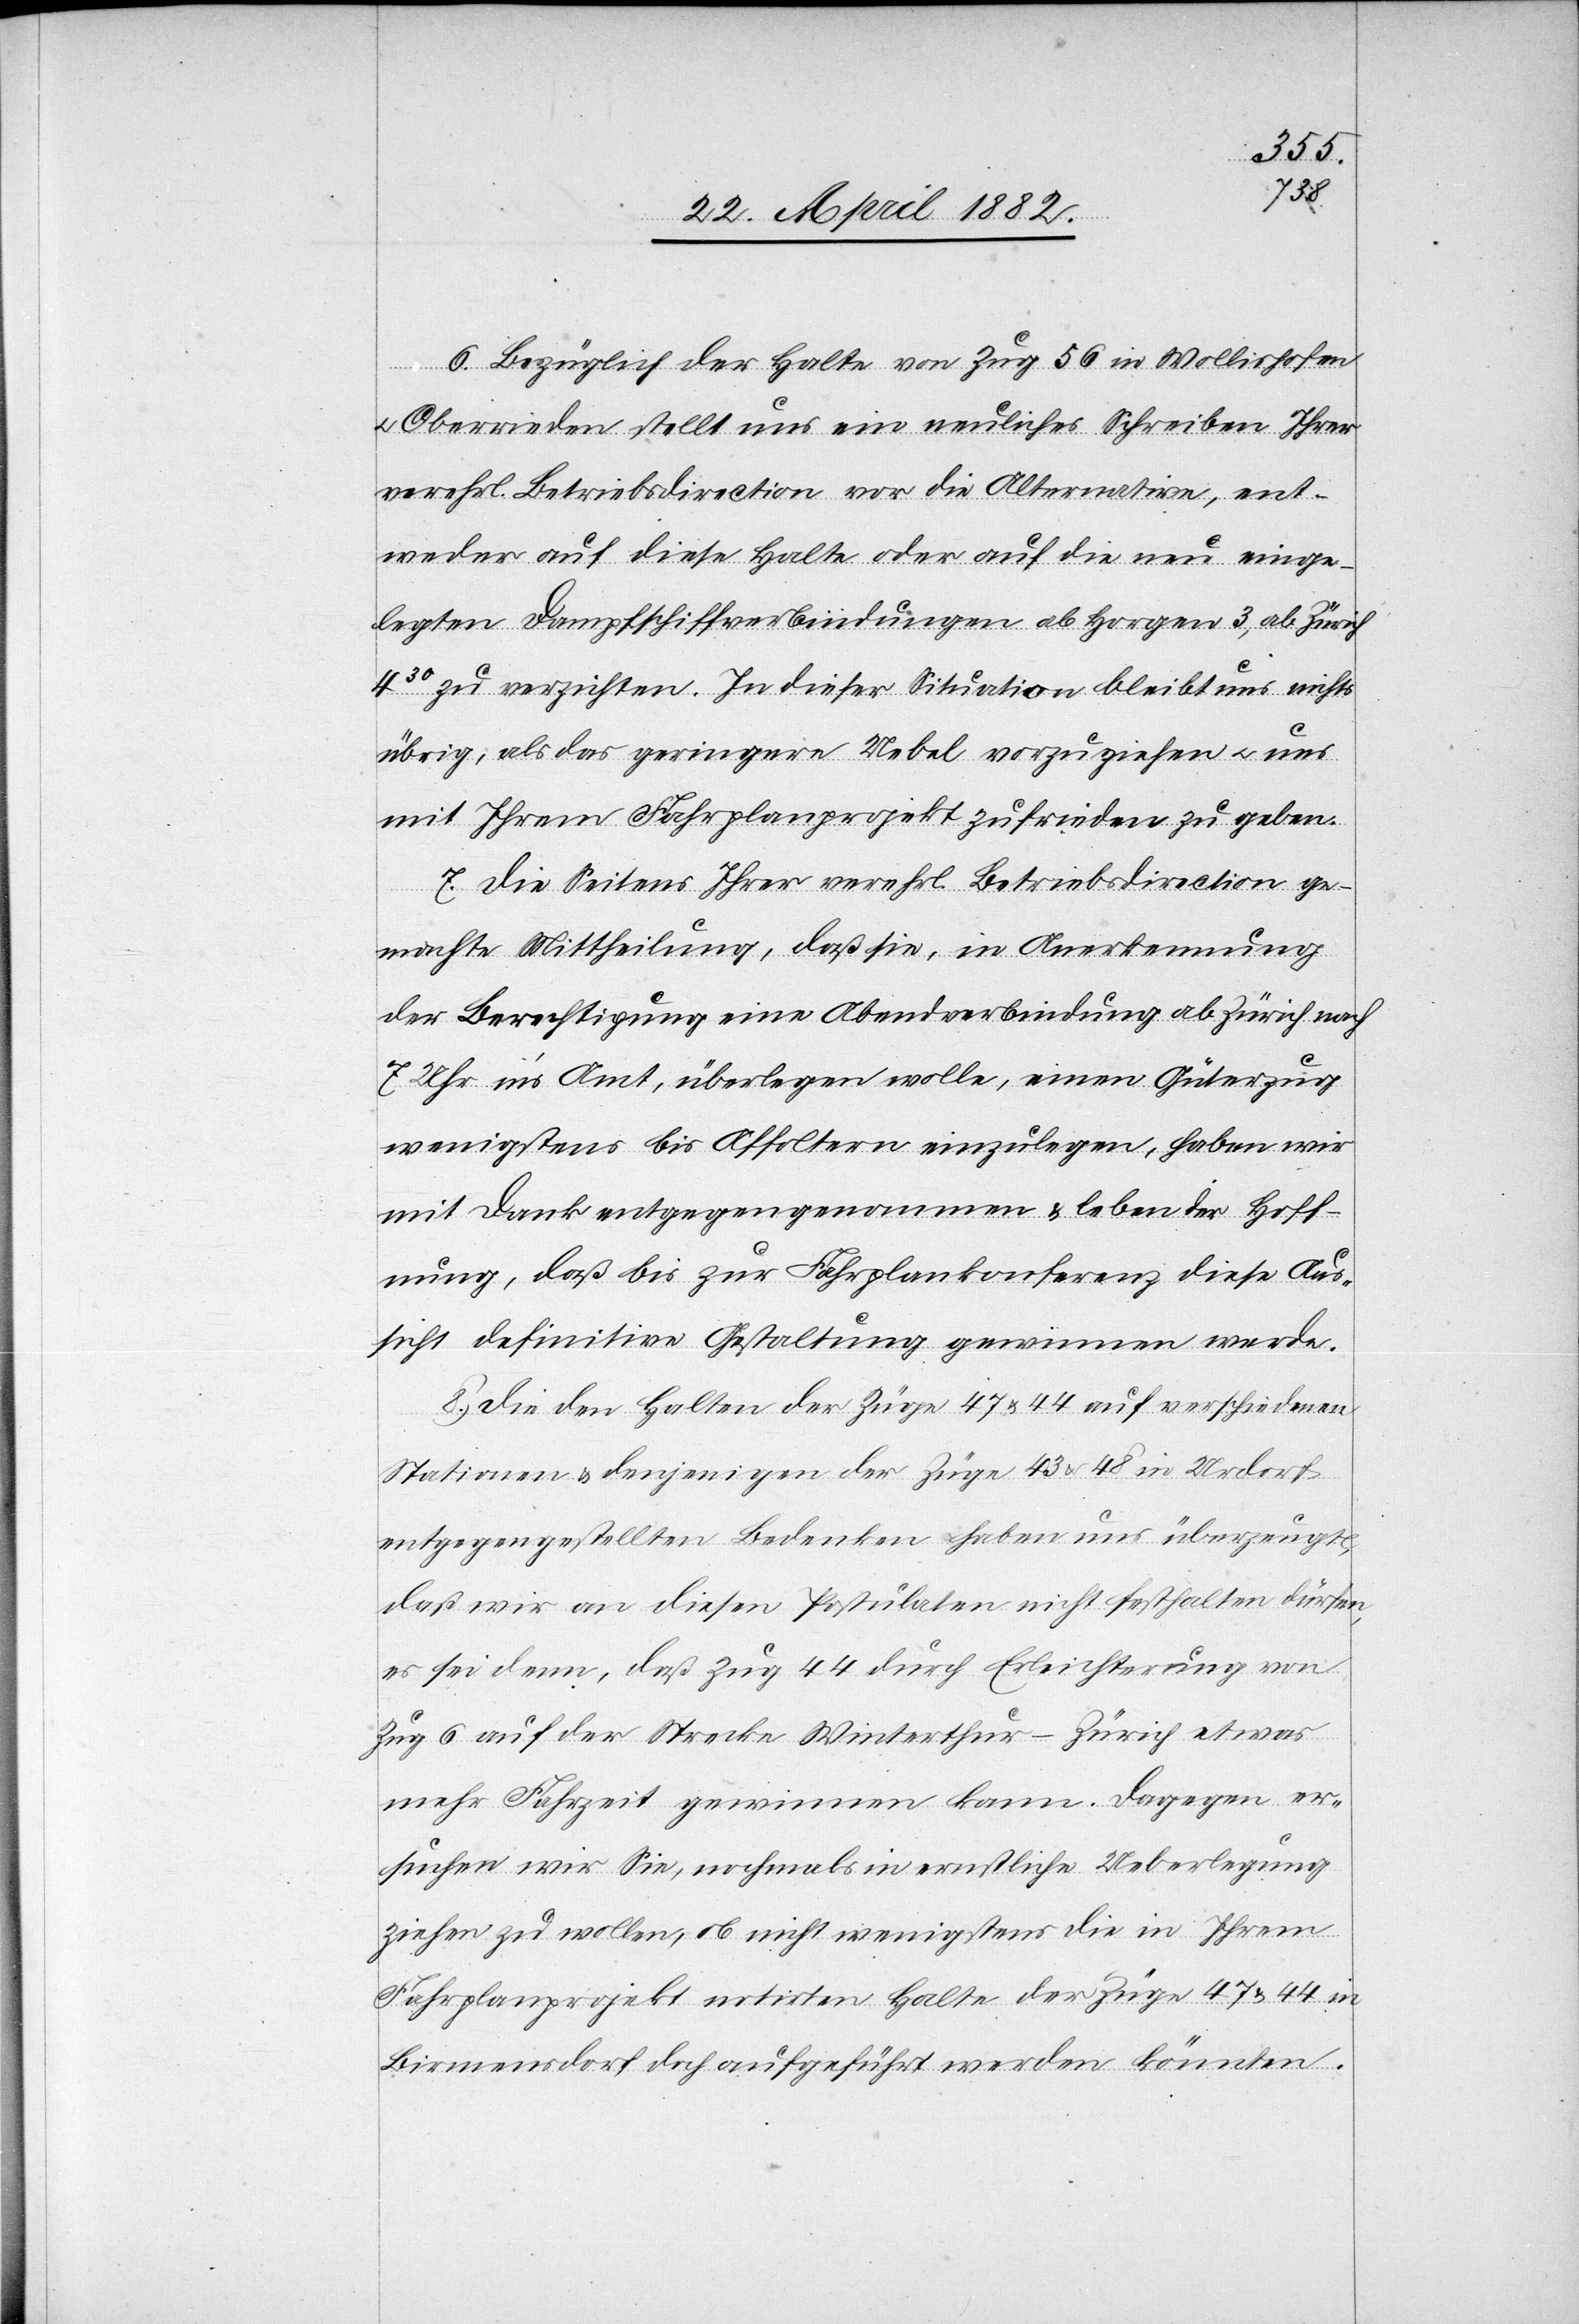
6. Bezüglich der Halte von Zug 56 in Wollishofen
Oberrieden stellt uns ein neuliches Schreiben Ihrer
verehrl. Betriebsdirection vor die Alternative, ent¬
weder auf diese Halte oder auf die neu einge¬
legten Dampfschiffverbindungen ab Horgen 3, ab Zürich
430 zu verzichten. In dieser Situation bleibt uns nichts
übrig, als das geringere Uebel vorzuziehen u. uns
mit Ihrem Fahrplanprojekt zufrieden zu geben.
7. Die Seitens Ihrer verehrl. Betriebsdirection ge¬
machte Mittheilung, daß sie, in Anerkennung
der Berechtigung eine Abendverbindung ab Zürich nach
7 Uhr ins Amt, überlegen wolle, einen Güterzug
wenigstens bis Affoltern einzulegen, haben wir
mit Dank entgegen genommen & leben der Hoff¬
nung, daß bis zur Fahrplankonferenz diese Aus¬
sicht definitive Gestaltung gewinnen werde.
8. Die den Halten der Züge 47 & 44 auf verschiedenen
Stationen & denjenigen der Züge 43 & 48 in Urdorf
entgegengestellten Bedenken haben uns überzeugt,
daß wir an diesen Postulaten nicht festhalten dürfen,
es sei denn, daß Zug 44 durch Erleichterung von
Zug 6 auf der Strecke Winterthur–Zürich etwas
mehr Fahrzeit gewinnen kann. Dagegen er¬
suchen wir Sie, nochmals in ernstliche Ueberlegung
ziehen zu wollen, ob nicht wenigstens die in Ihrem
Fahrplanprojekt notirten Halte der Züge 47 & 44 in
Birmensdorf doch aufgeführt werden könnten.